Calcutta medical institutions reports 1892-1900
Year: 1892
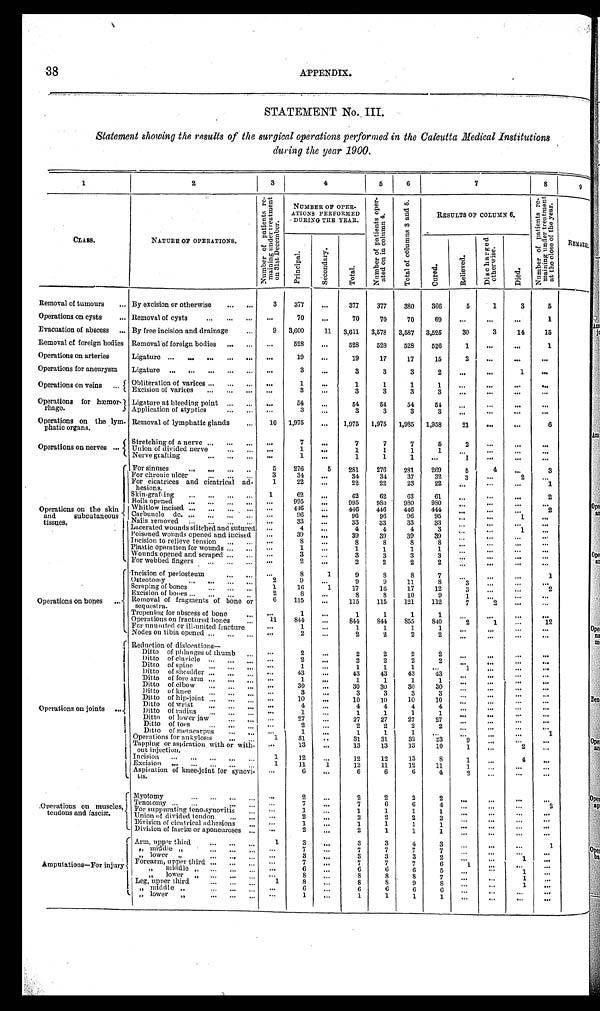
380
70
3,587
528
17
3
1
3
54
3
1,985
7
1
1
281
37
23
63
980
446
96
33
4
39
1
3
2
8
11
17
10
121
1
855
1
2
2
2
1
43
1
30
3
10
4
1
27
2
1
32
13
13
12
6
4- 4-
38
APPENDIX.
STATEMENT No. III.
Statement showing the results of the surgical operations performed in the Calcutta Medical Institutions
during the year 1900.
2
3
4
6
6
7
8
C D
NUMBER OP OPER-
ATIONS PERFORMED
0 .
RESULTS OF COLUMN 6..
DURING, VIE YEAR.
g
cam
CLASS.
NATURE OP OPERATIONS.°E
>
CAA
t
a 0.
t>s
a
GL U
O
8. p
O.p -ce:
rl
o
ra
CD
cc ey,
cn
Fj
ke8
(t)
O
0
0
O
ci
O
z 3
H
48'
id
a
' O a
A°.°4
4
A
Removal of tumours
Operations on cysts
...
Evacuation of abscess
Removal of foreign bodies
Operations on arteries
Operations for aneurysm
Operations on veins ... t
Operations for hmmor-}
rhage.
Operations on the lym-
phatic organs.
Operations on nerves ...
Operations on bones
Operations on the skin
and subcutaneous
tissues.
Operations on joints
I
,Operations on muscles,
tendons and fascia.
1
t_
I
Amputations—For injury
By excision or otherwise
Removal of cysts
...
By free incision and drainage
Removal 'of foreign bodies
Ligature
•••
•..
Ligature ..,
Obliteration of varices
Excision of varices
Ligature at bleeding point
Application of styptics
Removal of lymphatic glands
Stretching of a nerve ...
Union of divided nerve
Nerve grafting*
For sinuses
For chronic ulcer
For cicatrices and cicatrical ad-
hesions.
Skin.grafi ing
Boils opened
...
Whitlow incised ...
Carbuncle do.
.
Nails removed
Lacerated wounds stitched and sutured
Poisoned wounds opened and incised
Incision to relieve tension ...
Plastic operation for wounds
Wounds opened and scraped
For webbed fingers
...
•
Incision of periosteum
Osteotomy
Scraping of bones
Excision of bones
Removal of fragments of bone or
sequesi ra.
Trepening for abscess of bone
Operations on fractured hones
For ummited or ill-united fracture
Nodes on tibia opened ...
Reduction of dislocations—
Ditto of phlanges of thumb
Ditto of clavicle ...
Ditto of spine
„,
Ditto of shoulder
Ditto of fore arm
Ditto of elbow
Ditto of knee
Ditto of hip-joint ..
Ditto of wrist
Ditto of radius ..
Ditto of lower jaw
Ditto of toes
Ditto of metacarpus
Operations for ankylosis
Tapping or aspiration with or with-
Out injection.
Incision
.
Excision „.
Aspiration of knee-joint for synovi-
tis.
Myotomy
Tenot omy
.
For suppurating teno-synovitis
Union of divided tendon ...
Division of cleat rival adhesions
Division of fascito or aponeuroses
Arm, upirr third
,, middle „
„ lower
Forearm, upper third ...
„
middle „
„
lower „
I
upper
Leg,
third
„ middle „
L „ lower
„
3
377
377
377
70
70
70
9 3,600
3,611
3,578
528
528
528
•44
19
19
17
3
3
3
1
1
1
3
3
•••
51
54
64
3
3
3
10 1,975
1,975
1,975
7
1
1
•••
4,1
7
7
1
1
1
1
5
276
5
281
276
3
31
34
34
1
22
25
22
1
62
62
62
995
995
9811
446
446
446
96
96
96
33
33
33
•••
4
4
4
•••
39
•44.
39
39
8
8
•••
1
1
1
•••
3
3
3
2
2
2
8
1
9
8
2
9
9
1
16
1
17
16
2
8
S
6
115
115
115
1
1
11
844
811
844
1
1
1
2
2
2
2
2
2
2
2
1
1
1
43
43
43
1
1
1
30
30
30
3
3
3
10
10
10
4
1
1
1
27
27
27
2
2
It
1
1
1
1
31
31
31
13
13
13
1
1
12
11
1
12
12
12
11
6
6
6
2
2
2
7
7
0
1
1
1
2
2
2
1
1
1
2
2
1
3
3
7
7
3
3
7
7
6
6
8
S
1
8
8
6
6
1
1
366
5
1
3
5
69
1
3,525
30
3
14
15
526
1
1
15
2
see
2
1
•••
1
•411
3
51
3
044
..•
1,958
21
1400
6
5
1
...
2
1
269
5
4
3
32
3
2
22
1
61
2
9S0
444
2
95
1
33
3
1
39
S
1
3
2
7
1
8
3
12
3
2
9
1
112
7
2
1
840
1
12
1
2
2
2
•••
1
43
1
414
30
3
10
4
1
27
440
2
1
23
9
10
1
2
S
11
1
1
4
4
2
2
2
4
2
1
2
2
1
1
1
1
4
3
1
7
7
3
2
7
6
1
5
1
8
7
1
9
S
••
1
6
1
1
•• •
••.
7
8
S
43
1